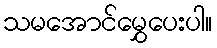
သမအောင်မွှေပေးပါ။